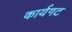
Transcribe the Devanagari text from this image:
कार्यगट